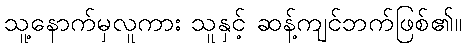
သူ့နောက်မှလူကား သူနှင့် ဆန့်ကျင်ဘက်ဖြစ်၏။